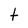
Character: t